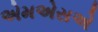
એમએસએ